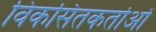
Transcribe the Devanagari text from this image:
विकसितकर्ताओं